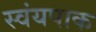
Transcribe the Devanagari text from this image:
स्वंयपाक